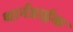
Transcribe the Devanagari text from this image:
थार्नडाईक